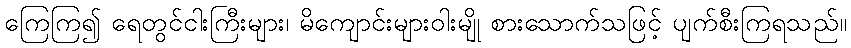
ကြေကြ၍ ရေတွင်ငါးကြီးများ၊ မိကျောင်းများဝါးမျို စားသောက်သဖြင့် ပျက်စီးကြရသည်။